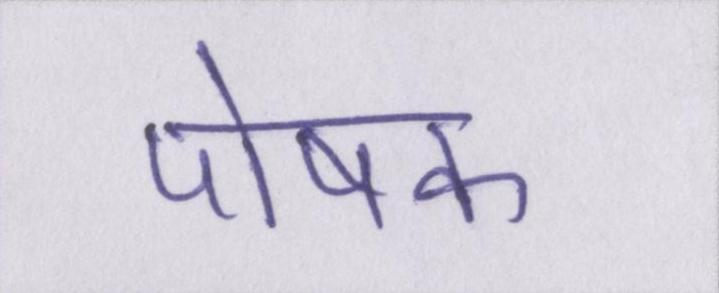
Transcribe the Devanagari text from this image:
पोषक